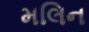
મલિન